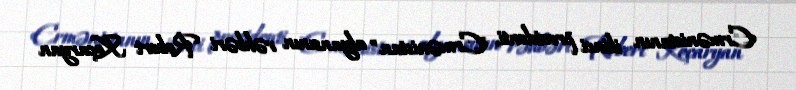
Ermənistanın ikinci prezidenti, "Ermənistan" alyansının rəhbəri Robert Koçaryan